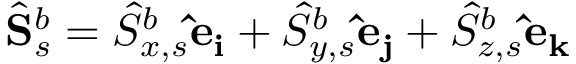
\hat { \mathbf { S } } _ { s } ^ { b } = \hat { S } _ { x , s } ^ { b } \mathbf { \hat { e } _ { i } } + \hat { S } _ { y , s } ^ { b } \mathbf { \hat { e } _ { j } } + \hat { S } _ { z , s } ^ { b } \mathbf { \hat { e } _ { k } }